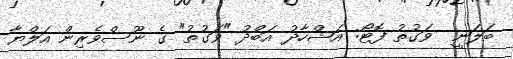
ބަލަނީ  ވަގުތު ފޮޓޯ: އަޝްހާދު އަބްދު "ވަގުތު" ގެ ނޫސްވެރިން އަލްޔާ